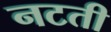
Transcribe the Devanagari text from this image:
नटती